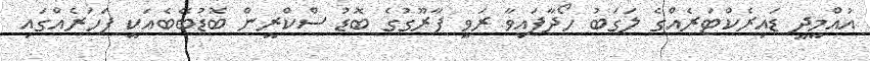
އުއްމީދީ ޑައިރެކްޓަރެއްގެ ލަގަބު ހޯދާފައިވާ ރަވީ ފާރޫގުގެ ބޮޑު ސްކްރީން ބޮޑުބޭބެއަކީ ފަހަރެއްގައި